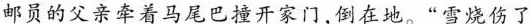
邮员的父亲牵着马尾巴撞开家门,倒在地。“雪烧伤了